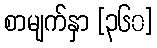
စာမျက်နှာ [၃၆၀]